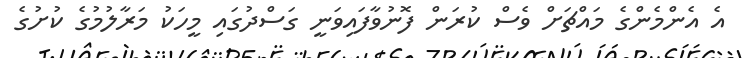
އެ އެންމެންގެ މައްޗަށް ވެސް ކުރަން ފޮނުވާފައިވަނީ ގަސްދުގައި މީހަކު މަރާލުމުގެ ކުށުގެ